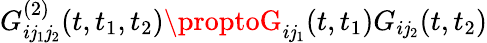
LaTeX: G_{i\mathit{j}_{1}\mathit{j}_{2}}^{(2)}(t,t_{1},t_{2})\proptoG_{i\mathit{j}_{1}}(t,t_{1})G_{i\mathit{j}_{2}}(t,t_{2})